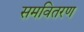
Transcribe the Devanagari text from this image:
समवितरण